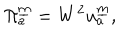
\Pi _ { { a } } ^ { \underline { { { m } } } } = W ^ { 2 } u _ { a } ^ { \underline { { { m } } } } ,